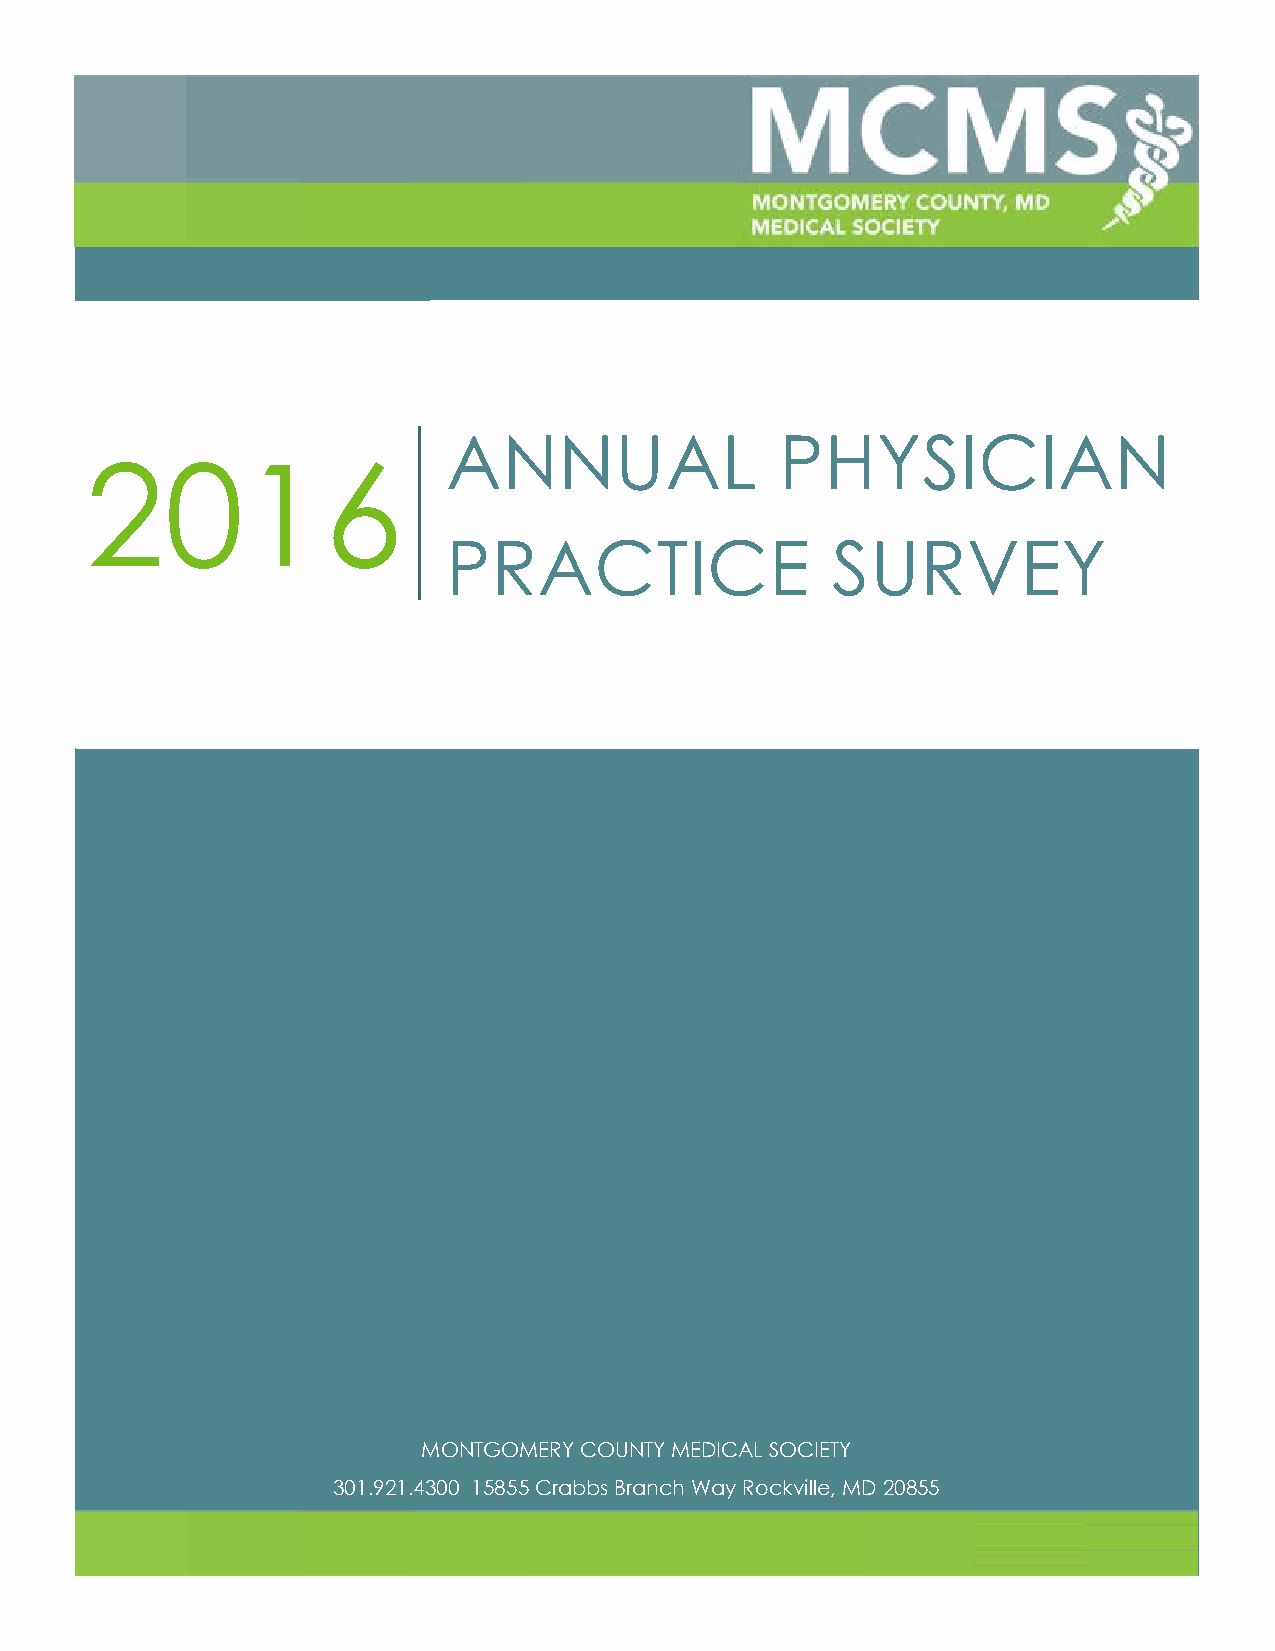
ANNUAL                PHYSICIAN
 2016
 PRACTICE                 SURVEY
 MONTGOMERY COUNTY MEDICAL SOCIETY
 301.921.4300 15855 Crabbs Branch Way Rockville, MD 20855